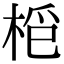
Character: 𣑿